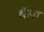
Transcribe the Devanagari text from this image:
धॅसा